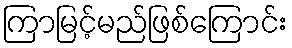
ကြာမြင့်မည်ဖြစ်ကြောင်း